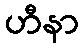
ဟီနာ